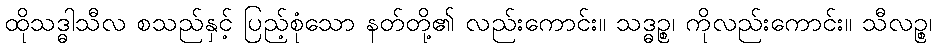
ထိုသဒ္ဓါသီလ စသည်နှင့် ပြည့်စုံသော နတ်တို့၏ လည်းကောင်း။ သဒ္ဓဉ္စ၊ ကိုလည်းကောင်း။ သီလဉ္စ၊